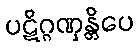
ပဋိဂ္ဂဏှန္တိပေ